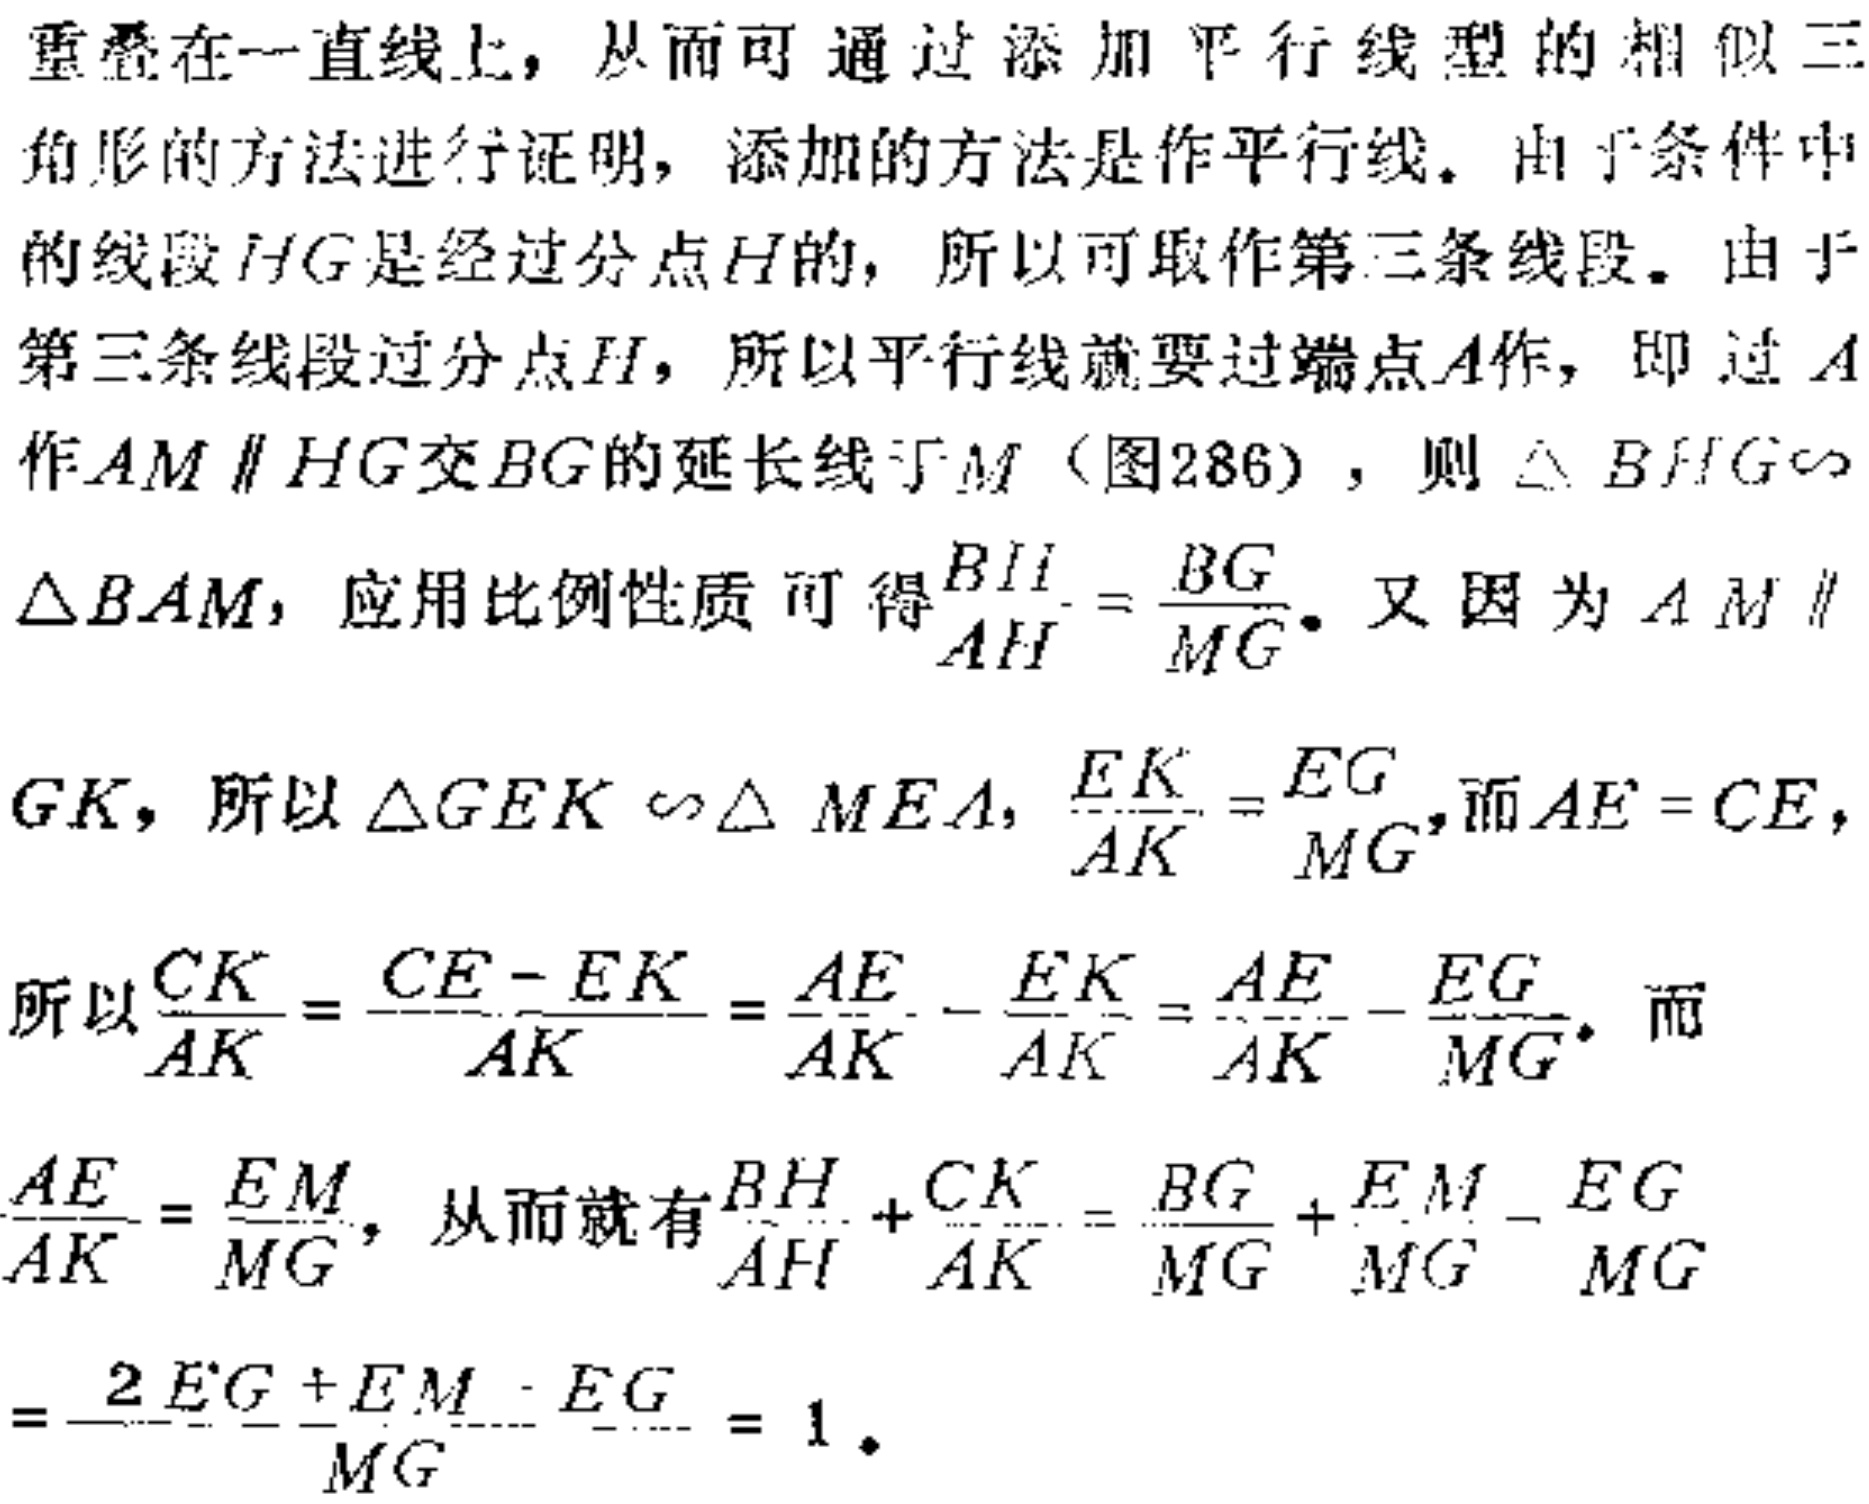
重叠在一直线上，从而可通过添加平行线型的相似三
角形的方法进行证明，添加的方法是作平行线。由于条件中
的线段\(HG\)是经过分点\(H\)的，所以可取作第三条线段。由于
第三条线段过分点\(H\)，所以平行线就要过端点\(A\)作，即过\(A\)
作\(AM \parallel HG\)交\(BG\)的延长线于\(M\)（图286），则\(\triangle BHG\sim\)
\(\triangle BAM\)，应用比例性质可得\(\frac{BH}{AH}=\frac{BG}{MG}\)。又因为\(AM \parallel\)
\(GK\)，所以\(\triangle GEK \sim \triangle MEA\)，\(\frac{EK}{AK}=\frac{EG}{MG}\)，而\(AE = CE\)，
所以\(\frac{CK}{AK}=\frac{CE - EK}{AK}=\frac{AE}{AK}-\frac{EK}{AK}=\frac{AE}{AK}-\frac{EG}{MG}\)。而
\(\frac{AE}{AK}=\frac{EM}{MG}\)，从而就有\(\frac{BH}{AH}+\frac{CK}{AK}=\frac{BG}{MG}+\frac{EM - EG}{MG}\)
\(=\frac{2EG + EM - EG}{MG}=1\)。